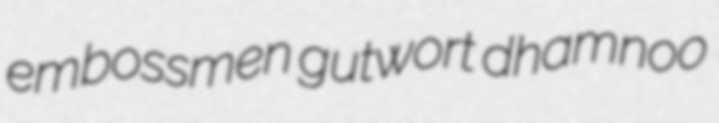
embossmen gutwort dhamnoo